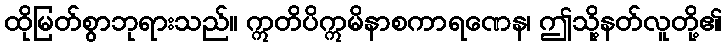
ထိုမြတ်စွာဘုရားသည်။ ဣတိပိဣမိနာစကာရဏေန၊ ဤသို့နတ်လူတို့၏